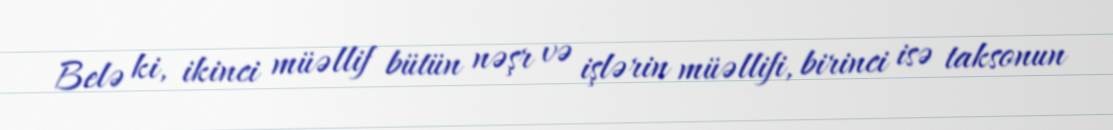
Belə ki, ikinci müəllif bütün nəşr və işlərin müəllifi, birinci isə taksonun